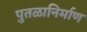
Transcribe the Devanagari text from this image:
पुतळानिर्माण